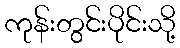
ကုန်းတွင်းပိုင်းသို့